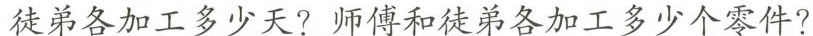
徒弟各加工多少天?师傅和徒弟各加工多少个零件?